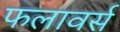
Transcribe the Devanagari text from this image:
फलावर्स